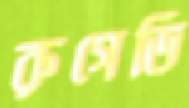
রুগেডি